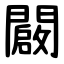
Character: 闙